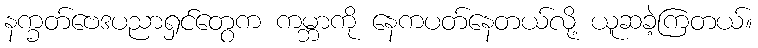
နက္ခတ်ဗေဒပညာရှင်တွေက ကမ္ဘာကို နေကပတ်နေတယ်လို့ ယူဆခဲ့ကြတယ်။